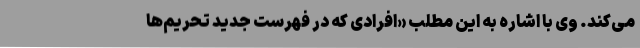
می‌کند. وی با اشاره به این مطلب «افرادی که در فهرست جدید تحریم‌ها